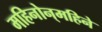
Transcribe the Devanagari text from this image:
महिनोन्‌महिने